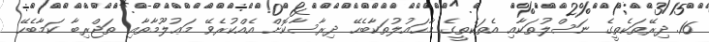
16. ދިރޭތަކެތީގެ ނަސްލުތަކާއި އެތަކެތީގެ މާހައުލުތަކާބެހޭ ދިރާސާކޮށް އެއްކުރެވޭ މަޢުލޫމާތާއި ތަޖްރިބާ ކަމާބެހޭ